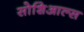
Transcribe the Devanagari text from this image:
सोशिआल्स